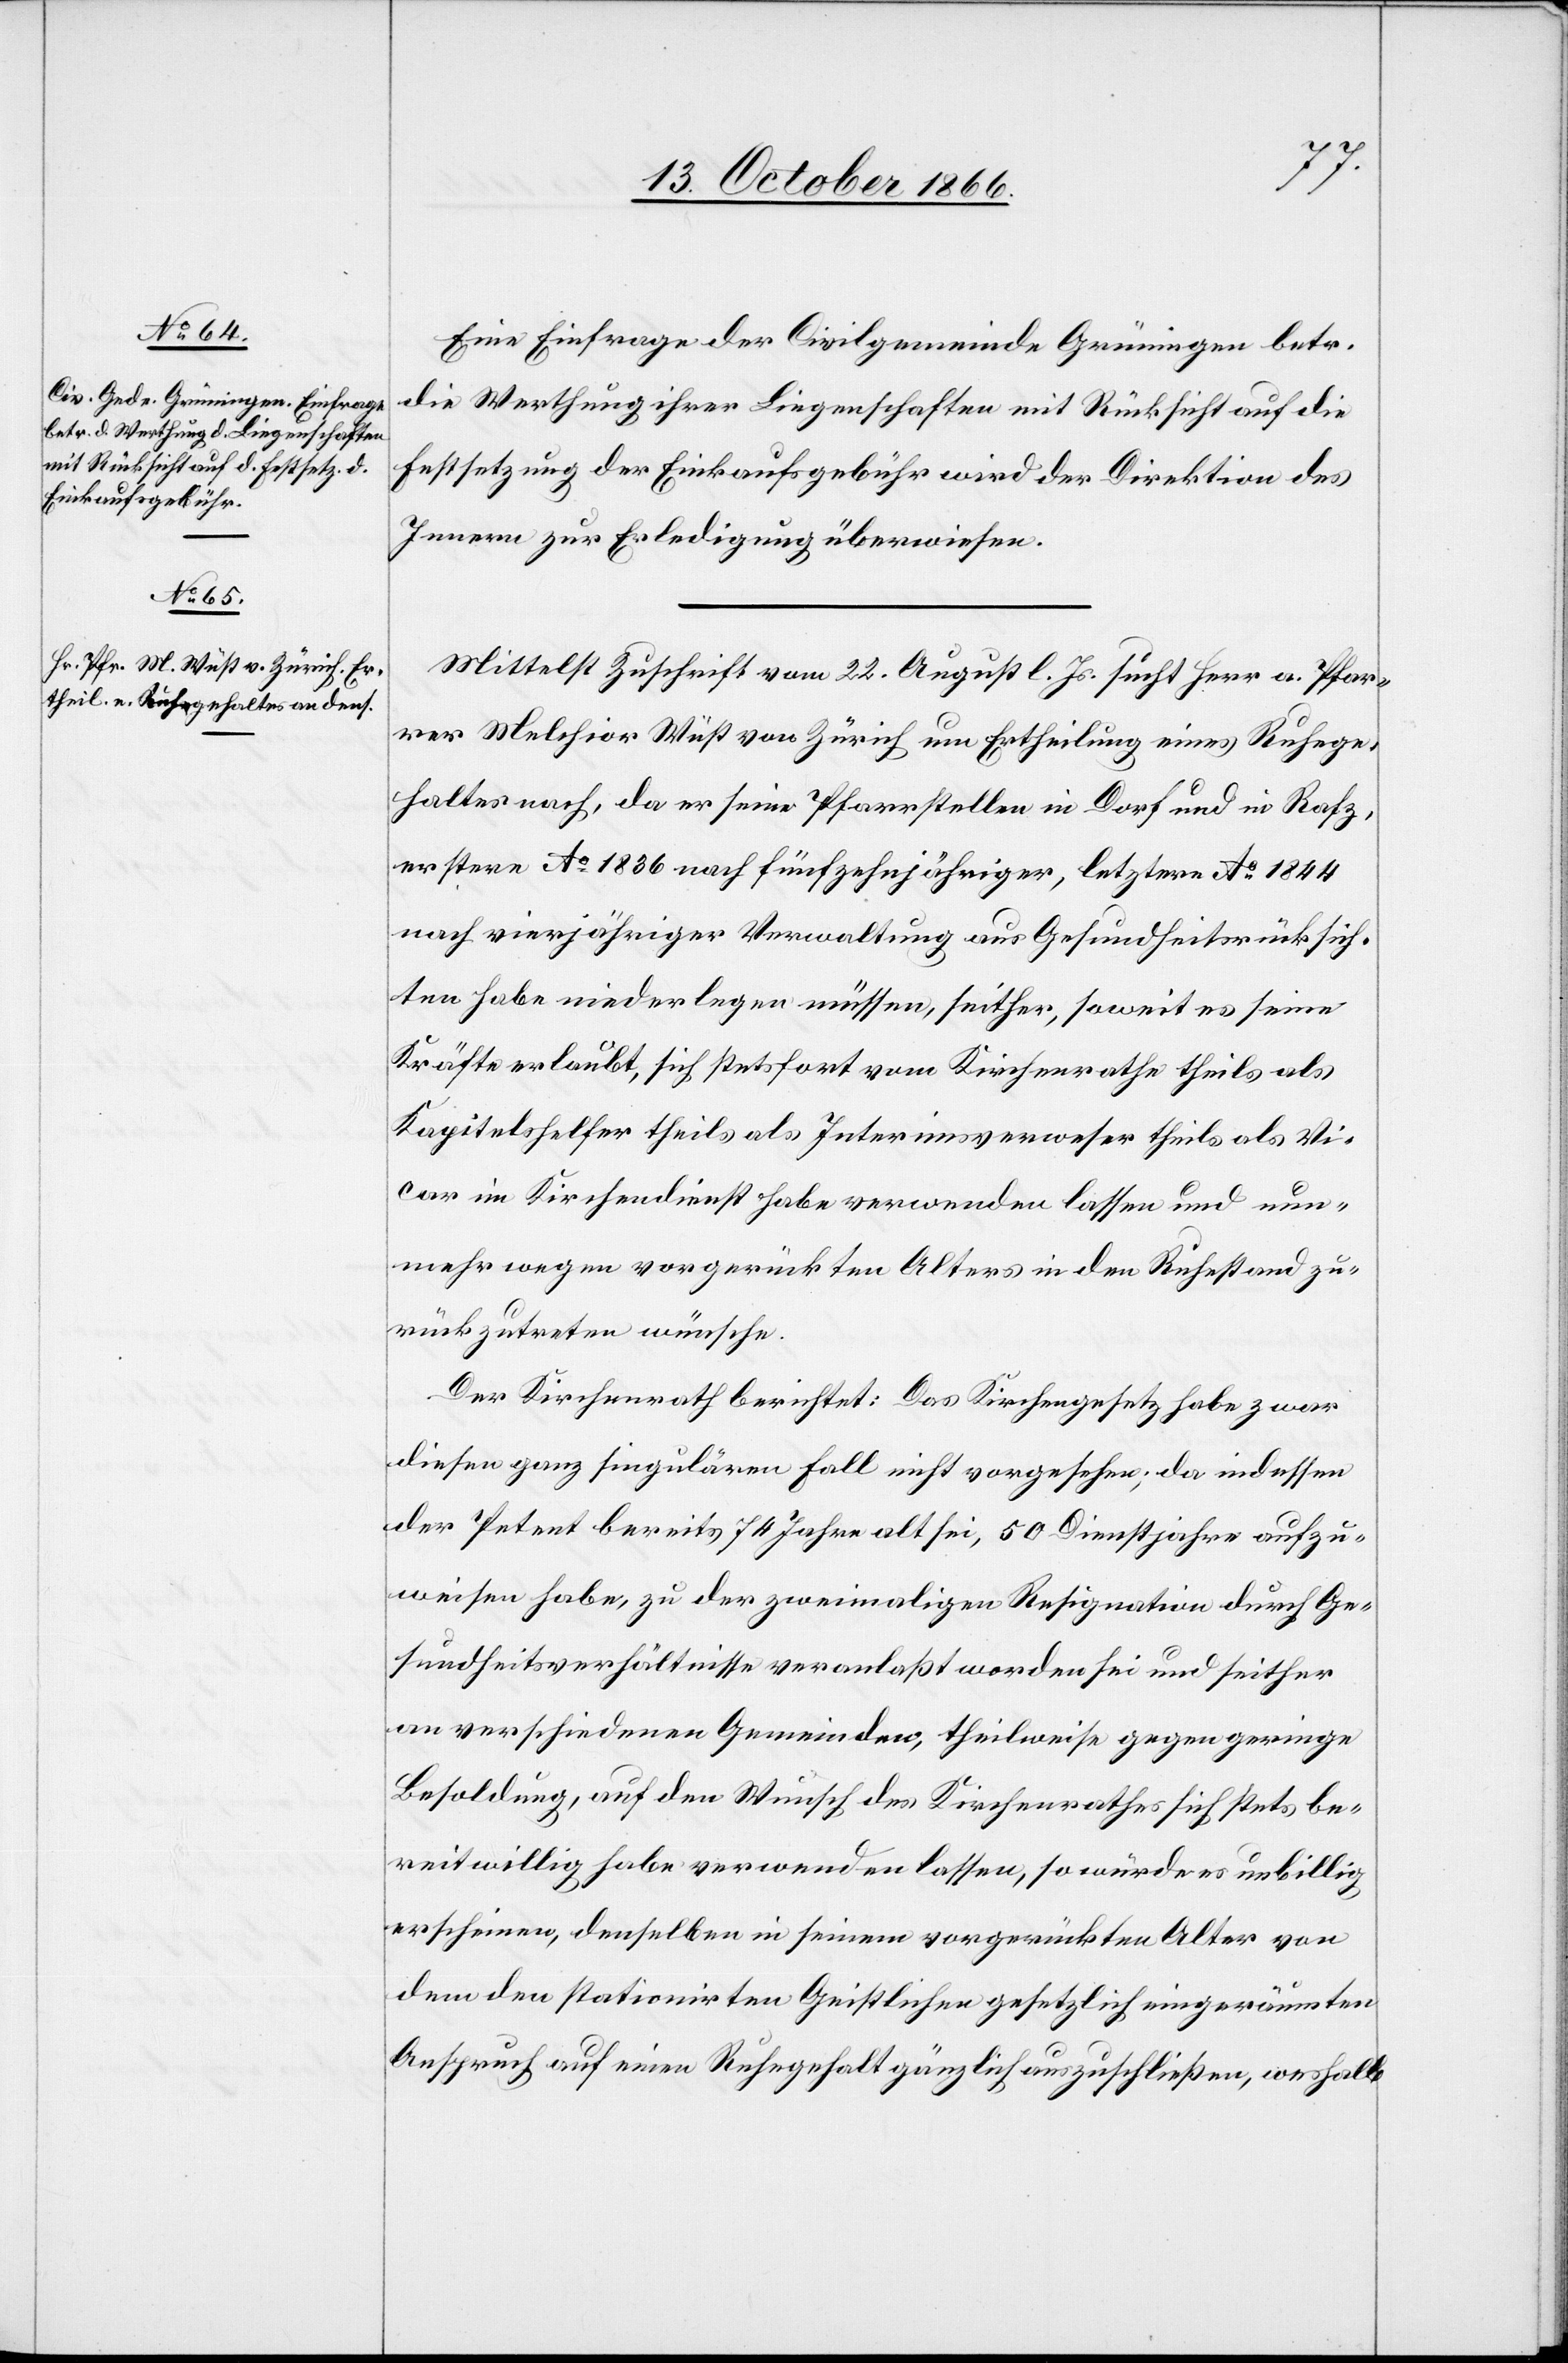
Eine Einfrage der Civilgemeinde Grüningen betr.
die Werthung ihrer Liegenschaften mit Rücksicht auf die
Festsetzung der Einkaufsgebühr wird der Direktion des
Innern zur Erledigung überwiesen.
Mittelst Zuschrift vom 22. August l. Js. sucht Herr a. Pfar¬
rer Melchior Wüst von Zürich um Ertheilung eines Ruhege¬
haltes nach, da er seine Pfarrstelle in Dorf und in Rafz,
erstere Ao. 1836 nach fünfzehnjähriger, letztere Ao. 1844
nach vierjähriger Verwaltung aus Gesundheitsrücksich¬
ten habe niederlegen müssen, seither, soweit es seine
Kräfte erlaubt [sic!], sich stetsfort vom Kirchenrathe theils als
Kapitelshelfer theils als Interimsverweser theils als Vi¬
car im Kirchendienst habe verwenden lassen und nun¬
mehr wegen vorgerückten Alters in den Ruhestand zu¬
rückzutreten wünsche.
Der Kirchenrath berichtet: Das Kirchengesetz habe zwar
diesen ganz singulären Fall nicht vorgesehen; da indessen
der Petent bereits 74 Jahre alt sei, 50 Dienstjahre aufzu¬
weisen habe, zu der zweimaligen Resignation durch Ge¬
sundheitsverhältnisse veranlaßt worden sei und seither
an verschiedenen Gemeinden, theilweise gegen geringe
Besoldung, auf den Wunsch des Kirchenrathes sich stets be¬
reitwillig habe verwenden lassen, so würde es unbillig
erscheinen, denselben in seinem vorgerückten Alter von
dem den stationirten Geistlichen gesetzlich eingeräumten
Anspruch auf einen Ruhegehalt gänzlich auszuschließen, weshalb